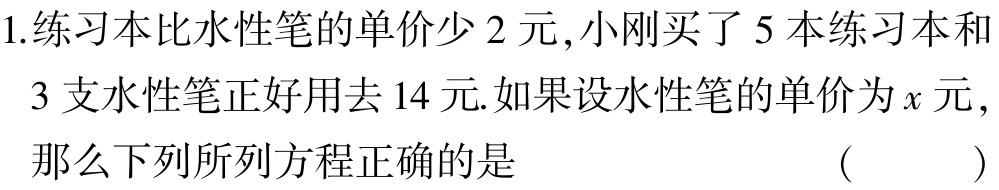
1.练习本比水性笔的单价少2元,小刚买了5本练习本和
3支水性笔正好用去14元.如果设水性笔的单价为\(x\)元,
那么下列所列方程正确的是 （  ）